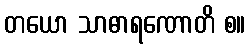
တယော သာဓာရဏောတိ စ။